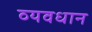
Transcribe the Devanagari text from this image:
व्‍यवधान